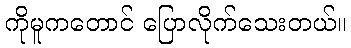
ကိုမူကတောင် ပြောလိုက်သေးတယ်။